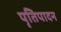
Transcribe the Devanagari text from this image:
पृतिपादन